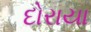
દોરાયા